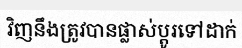
វិញនឹងត្រូវបានផ្លាស់ប្តូរទៅដាក់